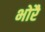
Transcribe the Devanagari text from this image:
भोरै